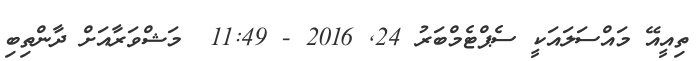
ތިއީއޭ މައްސަލައަކީ ސެޕްޓެމްބަރު 24